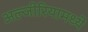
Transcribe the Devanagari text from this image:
अल्जीरियामध्ये